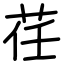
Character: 荏